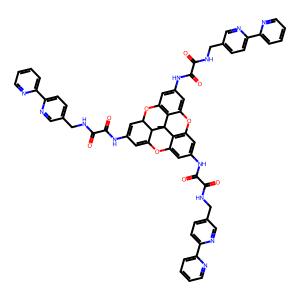
SMILES: CC12c3c4cc(NC(=O)C(=O)NCc5ccc(-c6ccccn6)nc5)cc3Oc3cc(NC(=O)C(=O)NCc5ccc(-c6ccccn6)nc5)cc(c31)OC1C=C(NC(=O)C(=O)NCc3ccc(-c5ccccn5)nc3)C=C(O4)C12
Inhibits HIV replication: No